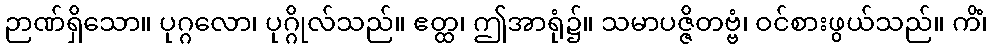
ဉာဏ်ရှိသော။ ပုဂ္ဂလော၊ ပုဂ္ဂိုလ်သည်။ ဧတ္ထ၊ ဤအာရုံ၌။ သမာပဇ္ဇိတဗ္ဗံ၊ ဝင်စားဖွယ်သည်။ ကိံ၊